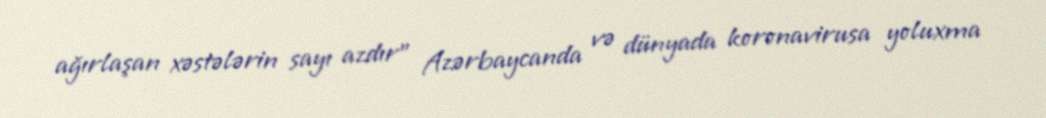
ağırlaşan xəstələrin sayı azdır” Azərbaycanda və dünyada koronavirusa yoluxma